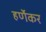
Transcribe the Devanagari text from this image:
हर्णेकर